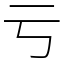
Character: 亏